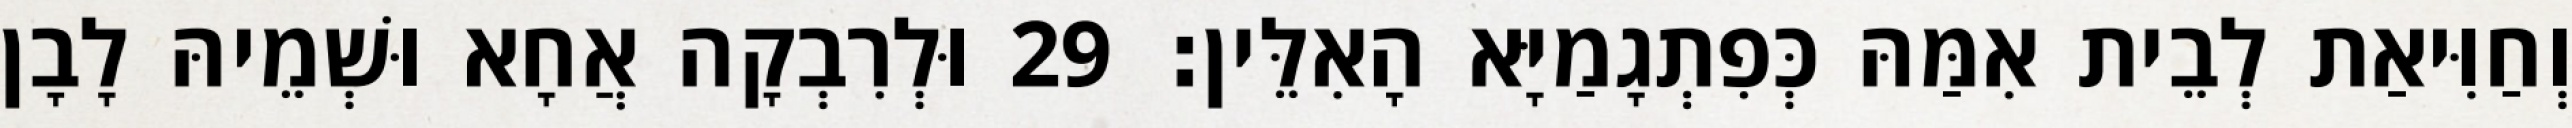
וְחַוִּיאַת לְבֵית אִמַּהּ כְּפִתְגָמַיָּא הָאִלֵּין׃ 29 וּלְרִבְקָה אֲחָא וּשְׁמֵיהּ לָבָן